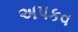
અપકવ